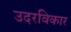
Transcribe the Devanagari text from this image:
उदरविकार